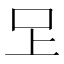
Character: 𭆽